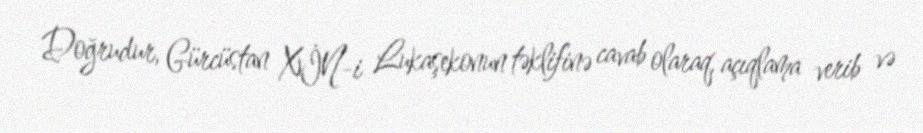
Doğrudur, Gürcüstan XİN-i Lukaşekonun təklifinə cavab olaraq, açıqlama verib və